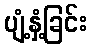
ပျံ့နှံ့ခြင်း